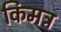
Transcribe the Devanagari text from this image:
किमत्र